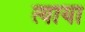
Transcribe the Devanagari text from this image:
त्याया